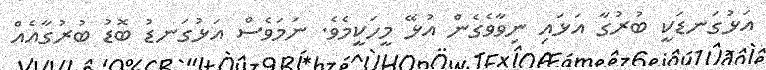
އަޅުގަނޑަކީ ބުރުގާ އަޅައި ނިވާވެގެން އުޅޭ މީހަކީމެވެ. ނަމަވެސް އަޅުގަނޑު ބޮޑު ބުރުގާއެއް